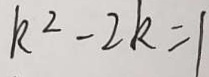
k ^ { 2 } - 2 k = 1